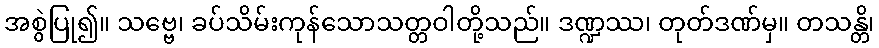
အစွဲပြု၍။ သဗ္ဗေ၊ ခပ်သိမ်းကုန်သောသတ္တဝါတို့သည်။ ဒဏ္ဍဿ၊ တုတ်ဒဏ်မှ။ တသန္တိ၊